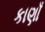
કાણાઁ